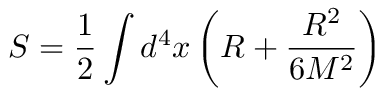
S = { \frac { 1 } { 2 } } \int d ^ { 4 } x \left( R + { \frac { R ^ { 2 } } { 6 M ^ { 2 } } } \right)